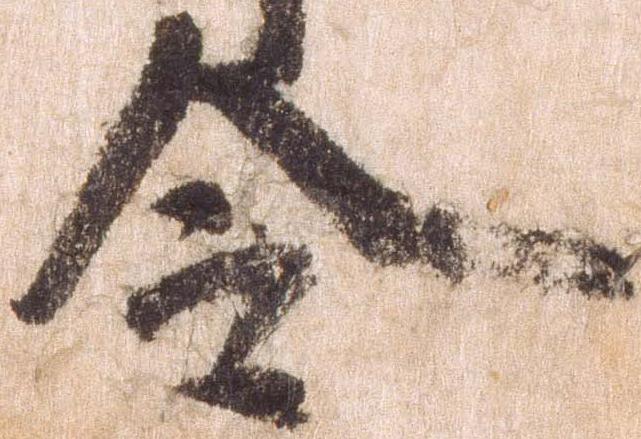
令